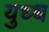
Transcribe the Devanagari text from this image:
युध्ध